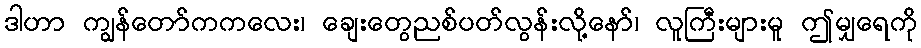
ဒါဟာ ကျွန်တော်ကကလေး၊ ချေးတွေညစ်ပတ်လွန်းလို့နော်၊ လူကြီးများမူ ဤမျှရေကို